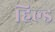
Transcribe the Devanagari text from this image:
हिल्ड